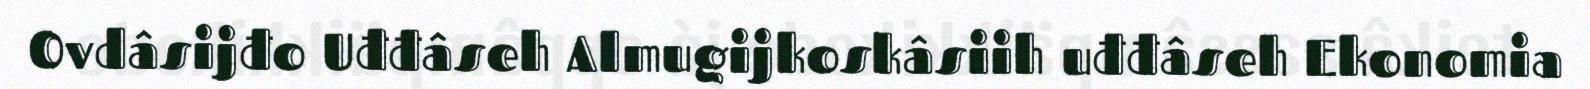
Ovdâsijđo Uđđâseh Almugijkoskâsiih uđđâseh Ekonomia